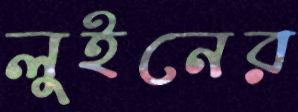
লুইনের